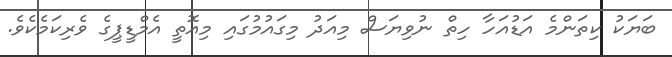
ބަޔަކު ކިތަންމެ އަޑުއަހާ ހިތް ނުވިޔަސް މިއަދު މިގައުމުގައި މިއޮތީ އެމްޑީޕީގެ ވެރިކަމެކެވެ.